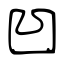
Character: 凹